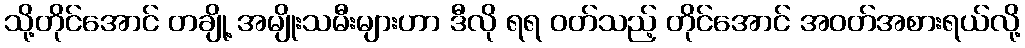
သို့တိုင်အောင် တချို့ အမျိုးသမီးများဟာ ဒီလို ရရ ဝတ်သည့် တိုင်အောင် အဝတ်အစားရယ်လို့